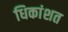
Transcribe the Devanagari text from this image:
धिकांशत